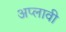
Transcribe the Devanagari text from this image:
अप्लावी